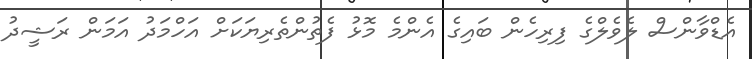
އެޑްވާންސް ލެވެލްގެ ފިރިހެން ބައިގެ އެންމެ މޮޅު ފެތުންތެރިޔަކަށް އަހްމަދު އަމަން ރަޝީދު